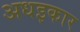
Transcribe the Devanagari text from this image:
अधइकार